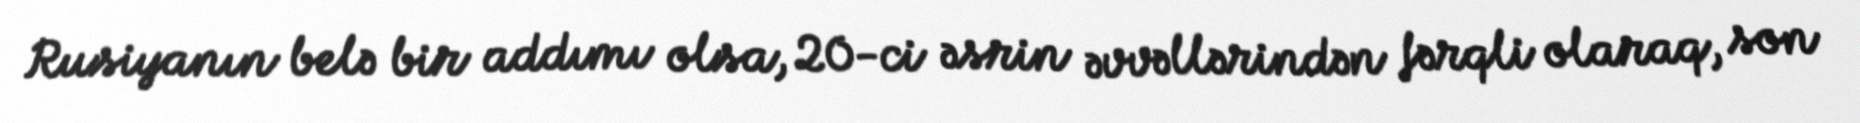
Rusiyanın belə bir addımı olsa, 20-ci əsrin əvvəllərindən fərqli olaraq, son